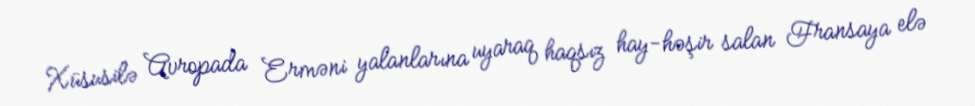
Xüsusilə Avropada Erməni yalanlarına uyaraq haqsız hay-həşir salan Fransaya elə